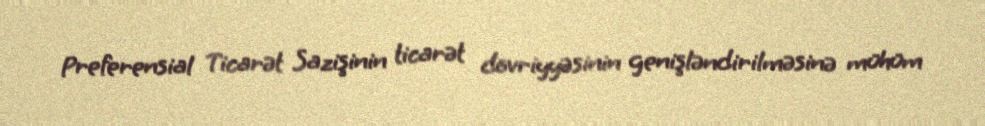
Preferensial Ticarət Sazişinin ticarət dövriyyəsinin genişləndirilməsinə mühüm